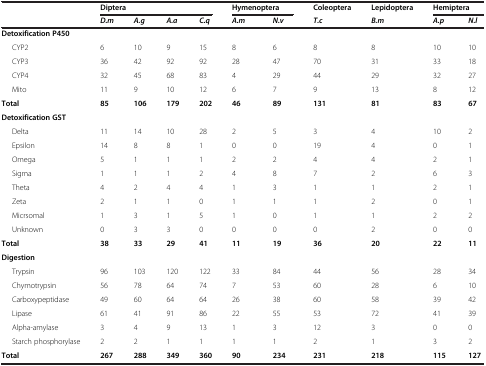
<table><thead><tr><td></td><td colspan="4"><b>Diptera</b></td><td colspan="2"><b>Hymenoptera</b></td><td><b>Coleoptera</b></td><td><b>Lepidoptera</b></td><td colspan="2"><b>Hemiptera</b></td></tr><tr><td></td><td><b><i>D.m</i></b></td><td><b><i>A.g</i></b></td><td><b><i>A.a</i></b></td><td><b><i>C.q</i></b></td><td><b><i>A.m</i></b></td><td><b><i>N.v</i></b></td><td><b><i>T.c</i></b></td><td><b><i>B.m</i></b></td><td><b><i>A.p</i></b></td><td><b><i>N.l</i></b></td></tr></thead><tbody><tr><td colspan="2"><b>Detoxification P450</b></td><td></td><td></td><td></td><td></td><td></td><td></td><td></td><td></td><td></td></tr><tr><td>CYP2</td><td>6</td><td>10</td><td>9</td><td>15</td><td>8</td><td>6</td><td>8</td><td>8</td><td>10</td><td>10</td></tr><tr><td>CYP3</td><td>36</td><td>42</td><td>92</td><td>92</td><td>28</td><td>47</td><td>70</td><td>31</td><td>33</td><td>18</td></tr><tr><td>CYP4</td><td>32</td><td>45</td><td>68</td><td>83</td><td>4</td><td>29</td><td>44</td><td>29</td><td>32</td><td>27</td></tr><tr><td>Mito</td><td>11</td><td>9</td><td>10</td><td>12</td><td>6</td><td>7</td><td>9</td><td>13</td><td>8</td><td>12</td></tr><tr><td><b>Total</b></td><td><b>85</b></td><td><b>106</b></td><td><b>179</b></td><td><b>202</b></td><td><b>46</b></td><td><b>89</b></td><td><b>131</b></td><td><b>81</b></td><td><b>83</b></td><td><b>67</b></td></tr><tr><td colspan="2"><b>Detoxification GST</b></td><td></td><td></td><td></td><td></td><td></td><td></td><td></td><td></td><td></td></tr><tr><td>Delta</td><td>11</td><td>14</td><td>10</td><td>28</td><td>2</td><td>5</td><td>3</td><td>4</td><td>10</td><td>2</td></tr><tr><td>Epsilon</td><td>14</td><td>8</td><td>8</td><td>1</td><td>0</td><td>0</td><td>19</td><td>4</td><td>0</td><td>1</td></tr><tr><td>Omega</td><td>5</td><td>1</td><td>1</td><td>1</td><td>2</td><td>2</td><td>4</td><td>4</td><td>2</td><td>1</td></tr><tr><td>Sigma</td><td>1</td><td>1</td><td>1</td><td>2</td><td>4</td><td>8</td><td>7</td><td>2</td><td>6</td><td>3</td></tr><tr><td>Theta</td><td>4</td><td>2</td><td>4</td><td>4</td><td>1</td><td>3</td><td>1</td><td>1</td><td>2</td><td>1</td></tr><tr><td>Zeta</td><td>2</td><td>1</td><td>1</td><td>0</td><td>1</td><td>1</td><td>1</td><td>2</td><td>0</td><td>1</td></tr><tr><td>Micrsomal</td><td>1</td><td>3</td><td>1</td><td>5</td><td>1</td><td>0</td><td>1</td><td>1</td><td>2</td><td>2</td></tr><tr><td>Unknown</td><td>0</td><td>3</td><td>3</td><td>0</td><td>0</td><td>0</td><td>0</td><td>2</td><td>0</td><td>0</td></tr><tr><td><b>Total</b></td><td><b>38</b></td><td><b>33</b></td><td><b>29</b></td><td><b>41</b></td><td><b>11</b></td><td><b>19</b></td><td><b>36</b></td><td><b>20</b></td><td><b>22</b></td><td><b>11</b></td></tr><tr><td><b>Digestion</b></td><td></td><td></td><td></td><td></td><td></td><td></td><td></td><td></td><td></td><td></td></tr><tr><td>Trypsin</td><td>96</td><td>103</td><td>120</td><td>122</td><td>33</td><td>84</td><td>44</td><td>56</td><td>28</td><td>34</td></tr><tr><td>Chymotrypsin</td><td>56</td><td>78</td><td>64</td><td>74</td><td>7</td><td>53</td><td>60</td><td>28</td><td>6</td><td>10</td></tr><tr><td>Carboxypeptidase</td><td>49</td><td>60</td><td>64</td><td>64</td><td>26</td><td>38</td><td>60</td><td>58</td><td>39</td><td>42</td></tr><tr><td>Lipase</td><td>61</td><td>41</td><td>91</td><td>86</td><td>22</td><td>55</td><td>53</td><td>72</td><td>41</td><td>39</td></tr><tr><td>Alpha-amylase</td><td>3</td><td>4</td><td>9</td><td>13</td><td>1</td><td>3</td><td>12</td><td>3</td><td>0</td><td>0</td></tr><tr><td>Starch phosphorylase</td><td>2</td><td>2</td><td>1</td><td>1</td><td>1</td><td>1</td><td>2</td><td>1</td><td>3</td><td>2</td></tr><tr><td><b>Total</b></td><td><b>267</b></td><td><b>288</b></td><td><b>349</b></td><td><b>360</b></td><td><b>90</b></td><td><b>234</b></td><td><b>231</b></td><td><b>218</b></td><td><b>115</b></td><td><b>127</b></td></tr></tbody></table>